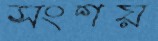
সংশয়